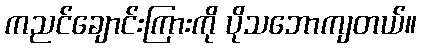
ကညင်ချောင်းကြားကို ပိုသဘောကျတယ်။